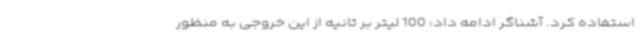
استفاده کرد. آشناگر ادامه داد: 100 لیتر بر ثانیه از این خروجی به منظور